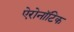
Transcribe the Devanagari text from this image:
ऐरोनॉटिक